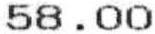
58.00